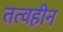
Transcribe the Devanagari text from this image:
तत्वहीन